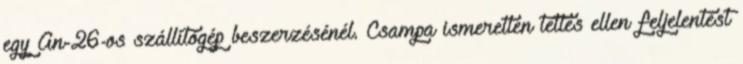
egy An-26-os szállítógép beszerzésénél. Csampa ismeretlen tettes ellen feljelentést